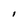
Character: I